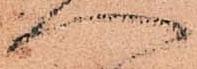
へ